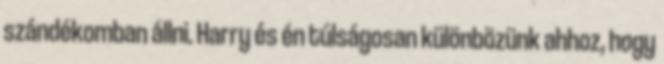
szándékomban állni. Harry és én túlságosan különbözünk ahhoz, hogy